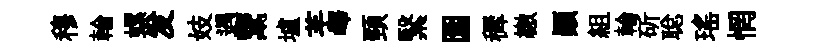
穆輪螺发妓遇鬻壚芋嶧頸繄園穉繳顚組輪斫聪瑤惘